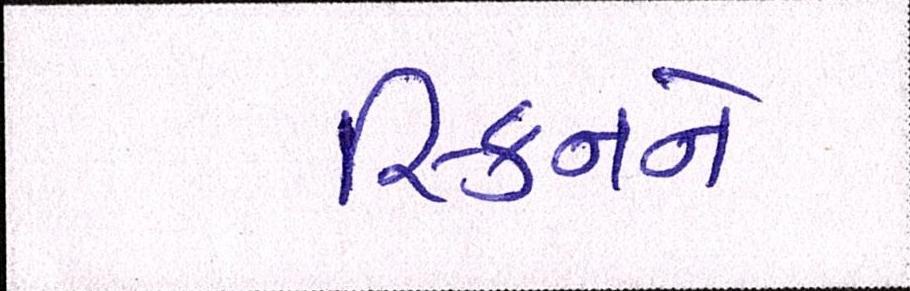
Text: સ્કિનને